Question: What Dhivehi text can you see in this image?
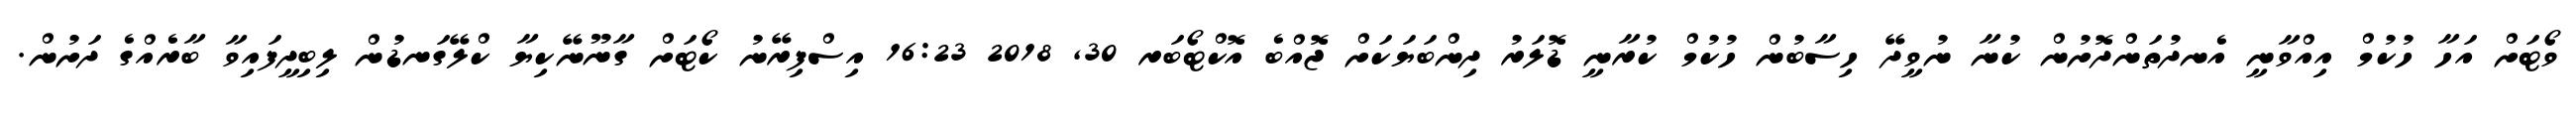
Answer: ވޯޓަށް އަހާ ހުކުމް އިއްވާނީ އެނދުތަންދޮށުން ކުނާ ނުވީދޭ ހިސާބުން ހުކުމް ކުރާނީ ޑޮލަރު ދިންބަޔަކަށް ޖޮއްބެ އޮކްޓޯބަރ 30, 2018 16:23 އިސްފިރޭނު ކޯޓަށް ގާނޫނޭކިޔާ ކްލޭގަނޑުން ލިބިދީފައިވާ ބާރެއްގެ ދަށުން.